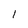
Character: 1